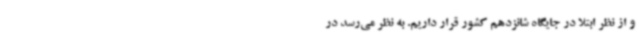
و از نظر ابتلا در جایگاه شانزدهم کشور قرار داریم. به نظر می‌رسد در